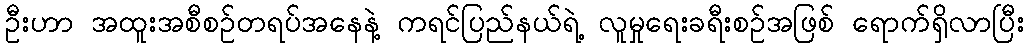
ဦးဟာ အထူးအစီစဉ်တရပ်အနေနဲ့ ကရင်ပြည်နယ်ရဲ့ လူမှုရေးခရီးစဉ်အဖြစ် ရောက်ရှိလာပြီး